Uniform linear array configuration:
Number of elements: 48
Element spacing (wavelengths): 1
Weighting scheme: uniform
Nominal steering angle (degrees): -30
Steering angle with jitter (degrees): -28.087
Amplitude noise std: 0.05
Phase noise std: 0.05

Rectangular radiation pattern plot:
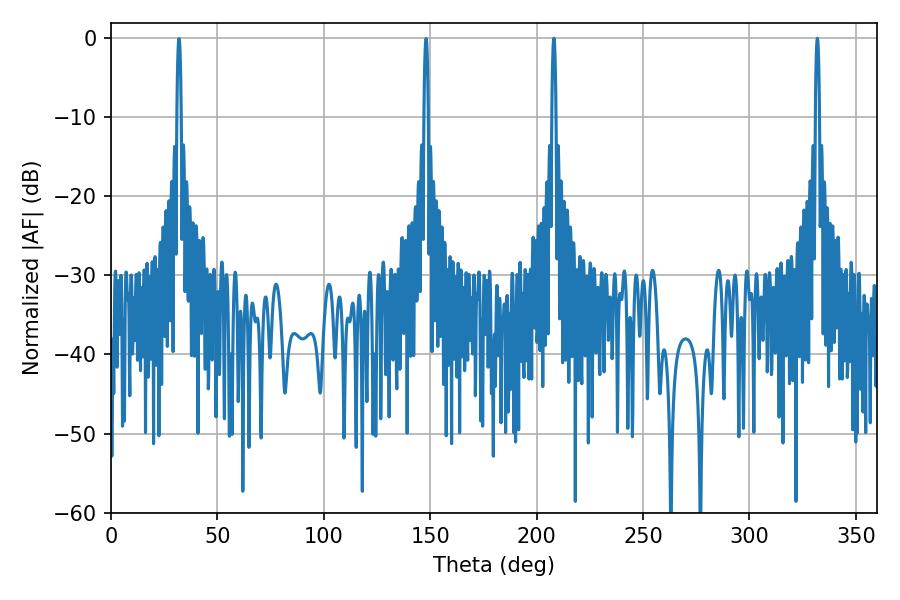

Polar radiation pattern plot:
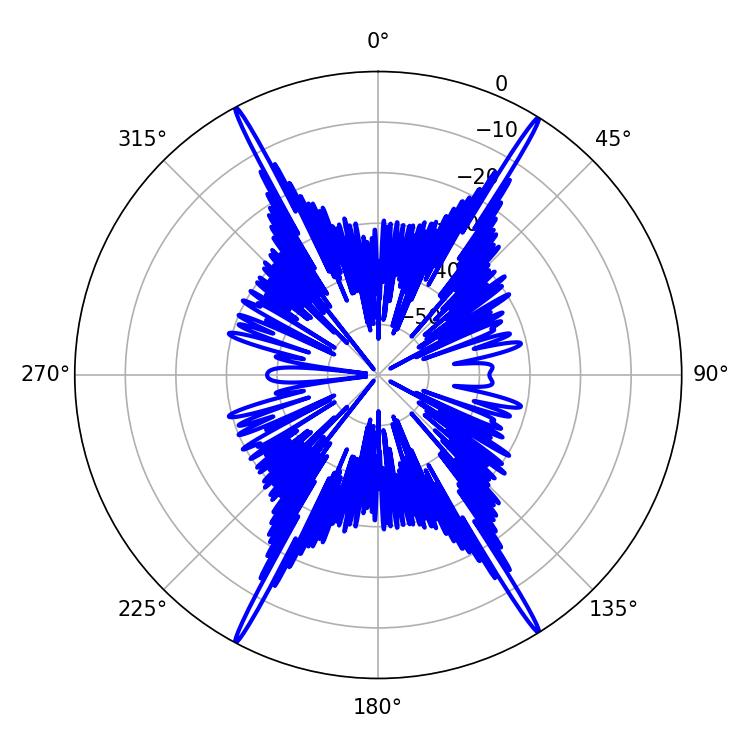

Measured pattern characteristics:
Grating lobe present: TRUE
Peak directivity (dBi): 27.443
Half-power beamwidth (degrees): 1.08
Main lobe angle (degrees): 208.08